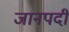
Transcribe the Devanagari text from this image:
जानपदी